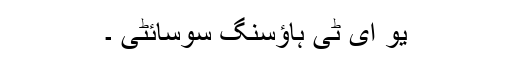
یو ای ٹی ہاؤسنگ سوسائٹی ۔